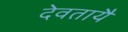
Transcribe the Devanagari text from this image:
देवतायै